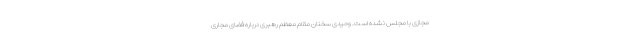
مجازی با مجلس نشده است. وحیدی سخنان مقام معظم رهبری درباره فضای مجاری